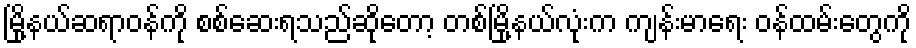
မြို့နယ်ဆရာဝန်ကို စစ်ဆေးရသည်ဆိုတော့ တစ်မြို့နယ်လုံးက ကျန်းမာရေး ဝန်ထမ်းတွေကို